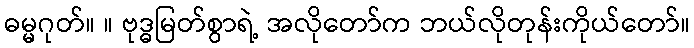
ဓမ္မဂုတ်။ ။ ဗုဒ္ဓမြတ်စွာရဲ့ အလိုတော်က ဘယ်လိုတုန်းကိုယ်တော်။